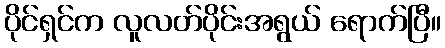
ပိုင်ရှင်က လူလတ်ပိုင်းအရွယ် ရောက်ပြီ။